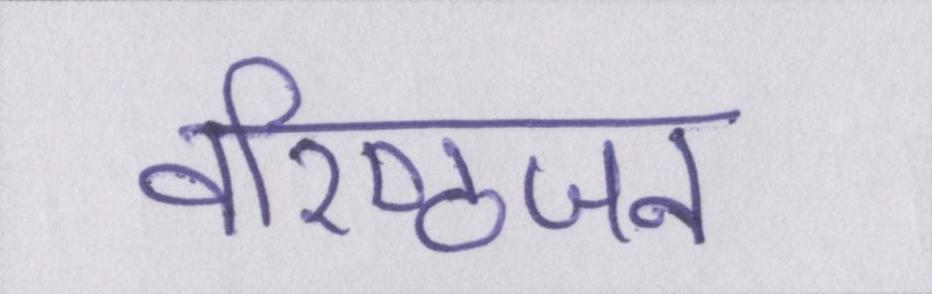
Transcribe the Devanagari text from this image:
वरिष्ठजन